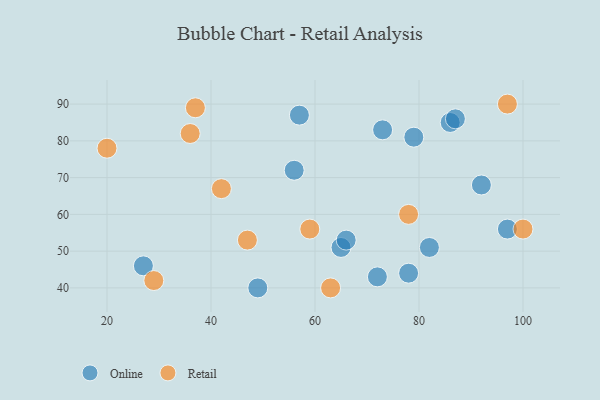
{"axis": {"x": "GDP", "y": "Life Expectancy"}, "legend": ["Online", "Retail"], "data": [{"x": "56", "y": 72, "type": "Online"}, {"x": "72", "y": 43, "type": "Online"}, {"x": "65", "y": 51, "type": "Online"}, {"x": "73", "y": 83, "type": "Online"}, {"x": "27", "y": 46, "type": "Online"}, {"x": "86", "y": 85, "type": "Online"}, {"x": "78", "y": 44, "type": "Online"}, {"x": "97", "y": 56, "type": "Online"}, {"x": "57", "y": 87, "type": "Online"}, {"x": "49", "y": 40, "type": "Online"}, {"x": "66", "y": 53, "type": "Online"}, {"x": "92", "y": 68, "type": "Online"}, {"x": "82", "y": 51, "type": "Online"}, {"x": "79", "y": 81, "type": "Online"}, {"x": "87", "y": 86, "type": "Online"}, {"x": "78", "y": 60, "type": "Retail"}, {"x": "59", "y": 56, "type": "Retail"}, {"x": "42", "y": 67, "type": "Retail"}, {"x": "63", "y": 40, "type": "Retail"}, {"x": "97", "y": 90, "type": "Retail"}, {"x": "20", "y": 78, "type": "Retail"}, {"x": "37", "y": 89, "type": "Retail"}, {"x": "100", "y": 56, "type": "Retail"}, {"x": "47", "y": 53, "type": "Retail"}, {"x": "29", "y": 42, "type": "Retail"}, {"x": "36", "y": 82, "type": "Retail"}]}